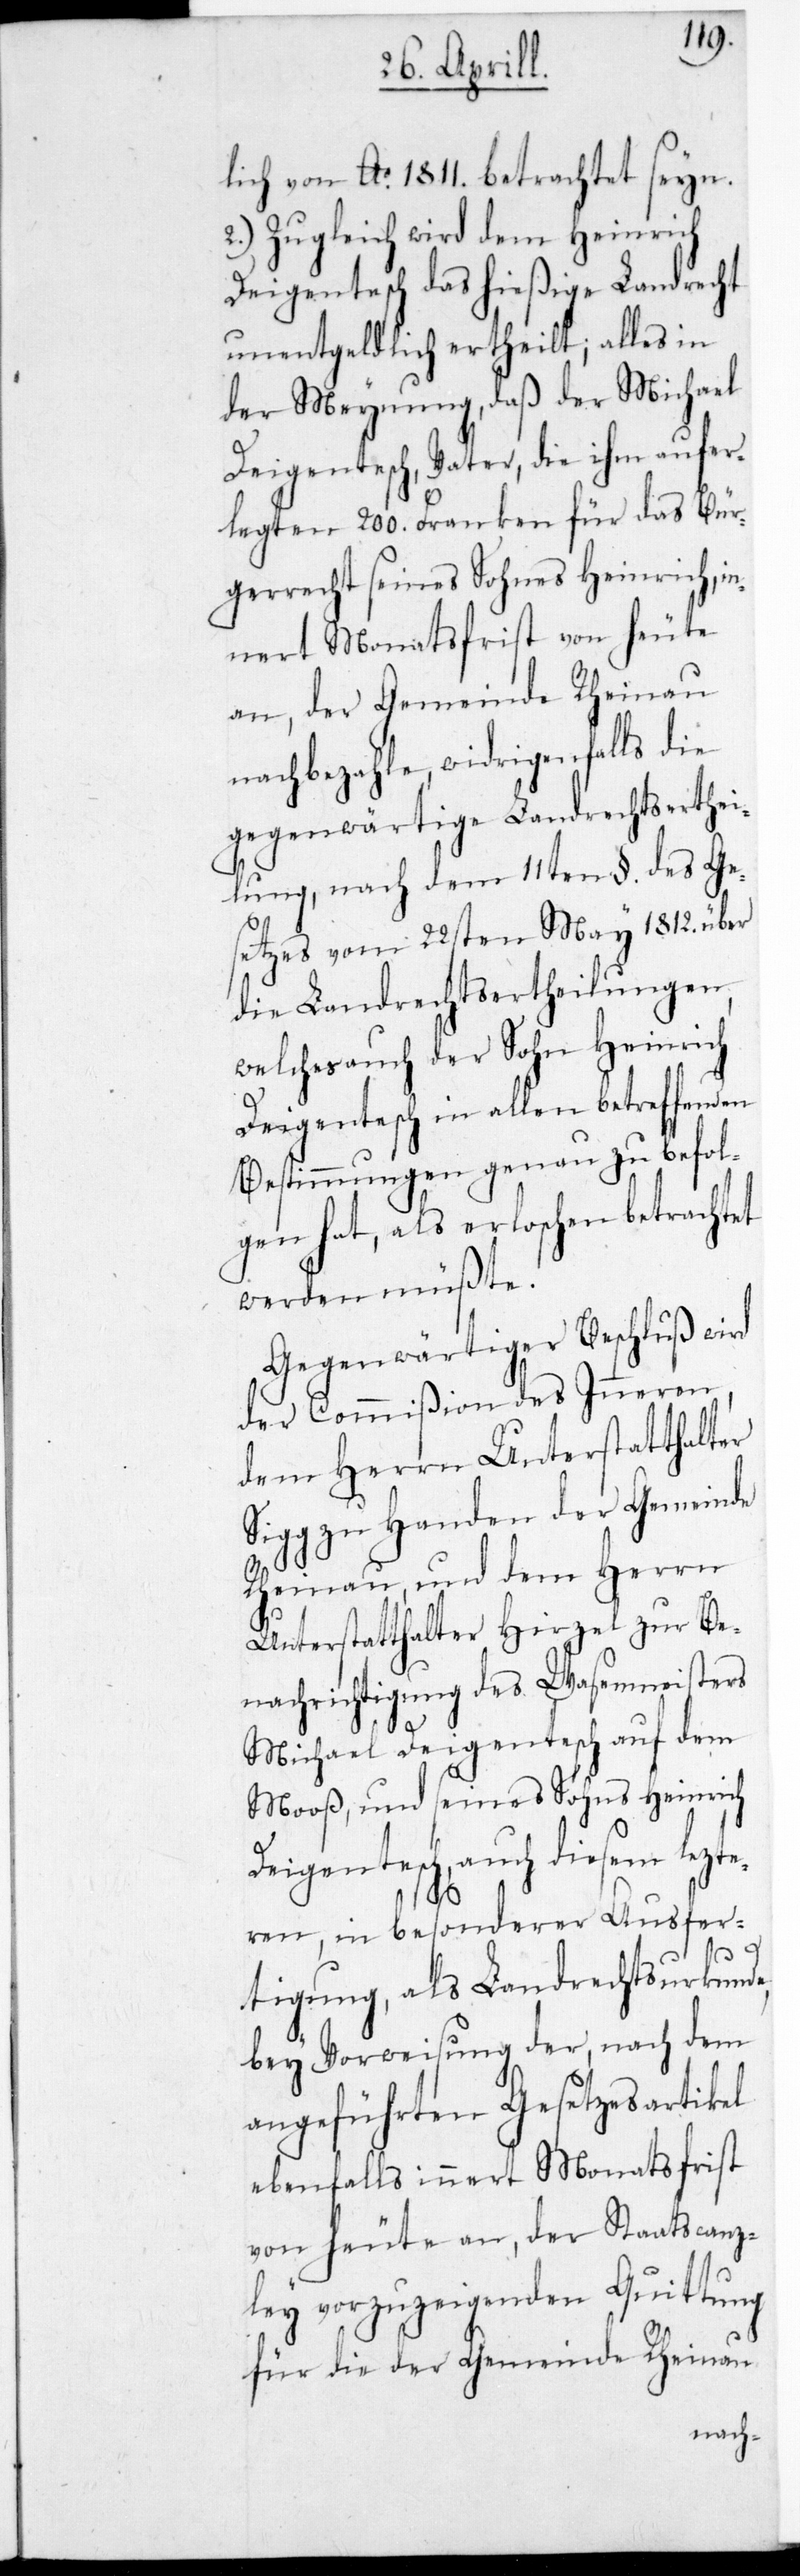
lich von Ao. 1811. betrachtet sein.
2.) Zugleich wird dem Heinrich
Deigentesch das hießige Landrecht
unentgeldlich ertheilt; alles in
der Meynung, daß der Michael
Deigentesch, Vater, die ihm aufer¬
legten 200. Franken für das Bür¬
gerrecht seines Sohnes Heinrich, in¬
nert Monatsfrist von heute
an, der Gemeinde Rheinau
nachbezahle, widrigenfalls die
gegenwärtige Landrechtserthei¬
lung nach dem 11ten §. des Ge¬
setzes vom 22sten May 1812. über
die Landrechts-Ertheilungen,
welches auch der Sohn Heinrich
Deigentesch in allen betreffenden
Bestimmungen genau zu befol¬
gen hat, als erloschen betrachtet
werden müßte.
Gegenwärtiger Beschluß wird
der Commißion des Inneren,
dem Herrn Unterstatthalt¬
Sigg zu Handen der Gemeinde
Rheinau und dem Herrn
Unterstatthalter Hirzel zur Be¬
nachrichtigung des Wasenmeisters
er
Michael Deigentesch auf dem
Mooß, und seines Sohns Heinrich
Deigentesch, auch diesem letzte¬
ren, in besonderer Ausfer¬
tigung, als Landrechtsurkunde,
bey Vorweisung der, nach dem
angeführten Gesetzesartikel
ebenfalls innert Monatsfrist
von heute an, der Staatscanz¬
ley vorzuzeigenden Quittung
für die der Gemeinde Rheinau